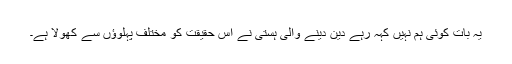
یہ بات کوئی ہم نہیں کہہ رہے دین دینے والی ہستی نے اس حقیقت کو مختلف پہلوؤں سے کھولا ہے۔